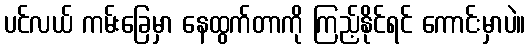
ပင်လယ် ကမ်းခြေမှာ နေထွက်တာကို ကြည့်နိုင်ရင် ကောင်းမှာပဲ။